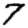
Digit: 7